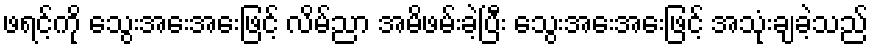
ဖရင့်ကို သွေးအေးအေးဖြင့် လိမ်ညာ အမိဖမ်းခဲ့ပြီး သွေးအေးအေးဖြင့် အသုံးချခဲ့သည်